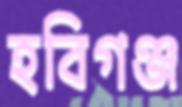
হবিগঞ্জ